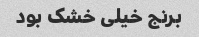
برنج خیلی خشک بود